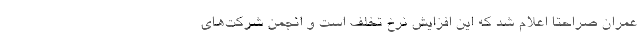
عمران صراحتا اعلام شد که این افزایش نرخ تخلف است و انجمن شرکت‌های